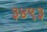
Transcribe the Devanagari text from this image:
३४९३